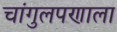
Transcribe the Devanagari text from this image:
चांगुलपणाला